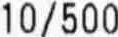
10/500